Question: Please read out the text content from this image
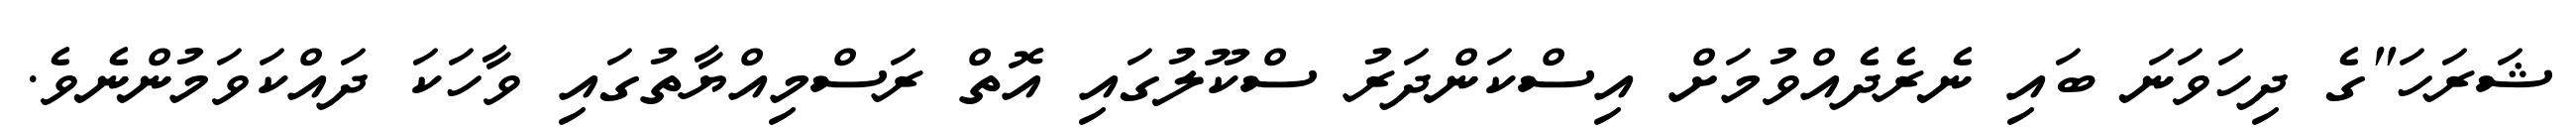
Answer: ޝަރަހަ"ގެ ދިހަވަނަ ބައި ނެރެދެއްވުމަށް އިސްކަންދަރު ސްކޫލުގައި އޮތް ރަސްމިއްޔާތުގައި ވާހަކަ ދައްކަވަމުންނެވެ.